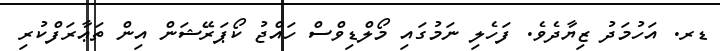
ޑރ. އަހުމަދު ޒިޔާދެވެ. ފަހެލި ނަމުގައި މޯލްޑިވްސް ހައްޖު ކޯޕަރޭޝަން އިން ތަޢާރަފްކުރި